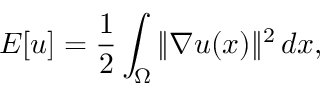
E [ u ] = { \frac { 1 } { 2 } } \int _ { \Omega } \| \nabla u ( x ) \| ^ { 2 } \, d x ,